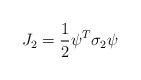
LaTeX: \begin{align*}J_2={1\over2}\psi^T\sigma_2\psi\end{align*}